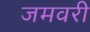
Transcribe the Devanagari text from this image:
जमवरी